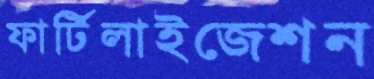
ফার্টিলাইজেশন